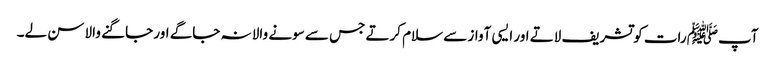
آپﷺ رات کو تشریف لاتے اور ایسی آواز سے سلام کرتے جس سے سونے والا نہ جاگے اور جاگنے والا سن لے۔